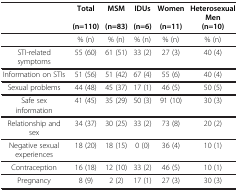
|  | Total (n=110) | MSM (n=83) | IDUs (n=6) | Women (n=11) | Heterosexual Men (n=10) |
 | --- | --- | --- | --- | --- | --- |
 |  | % (n) | % (n) | % (n) | % (n) | % (n) |
 | STI-related symptoms | 55 (60) | 61 (51) | 33 (2) | 27 (3) | 40 (4) |
 | Information on STIs | 51 (56) | 51 (42) | 67 (4) | 55 (6) | 40 (4) |
 | Sexual problems | 44 (48) | 45 (37) | 17 (1) | 46 (5) | 50 (5) |
 | Safe sex information | 41 (45) | 35 (29) | 50 (3) | 91 (10) | 30 (3) |
 | Relationship and sex | 34 (37) | 30 (25) | 33 (2) | 73 (8) | 20 (2) |
 | Negative sexual experiences | 18 (20) | 18 (15) | 0 (0) | 36 (4) | 10 (1) |
 | Contraception | 16 (18) | 12 (10) | 33 (2) | 46 (5) | 10 (1) |
 | Pregnancy | 8 (9) | 2 (2) | 17 (1) | 27 (3) | 30 (3) |